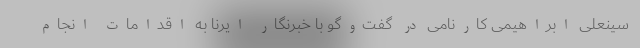
سینعلی ابراهیمی کارنامی در گفت‌وگو با خبرنگار ایرنا به اقدامات انجام